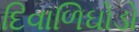
દિવાળિઘોડો